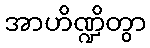
အာဟိဏ္ဍိတွာ